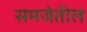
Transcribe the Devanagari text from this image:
समजेतील